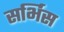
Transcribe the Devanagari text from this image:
सर्भिस